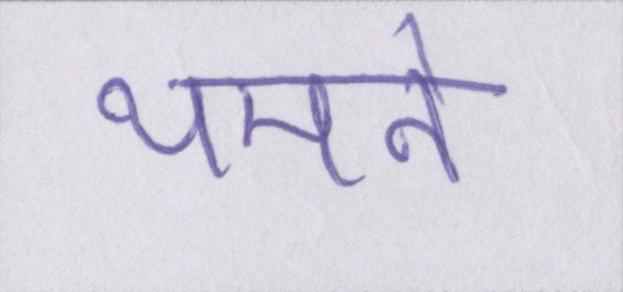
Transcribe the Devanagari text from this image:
थमने